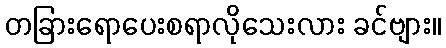
တခြားရောပေးစရာလိုသေးလား ခင်ဗျား။